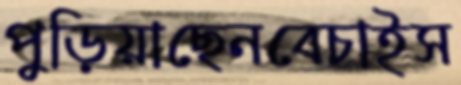
পুড়িয়াছেনবেচাইস